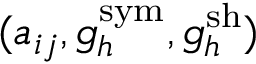
( a _ { i j } , g _ { h } ^ { \mathrm { s y m } } , g _ { h } ^ { \mathrm { s h } } )